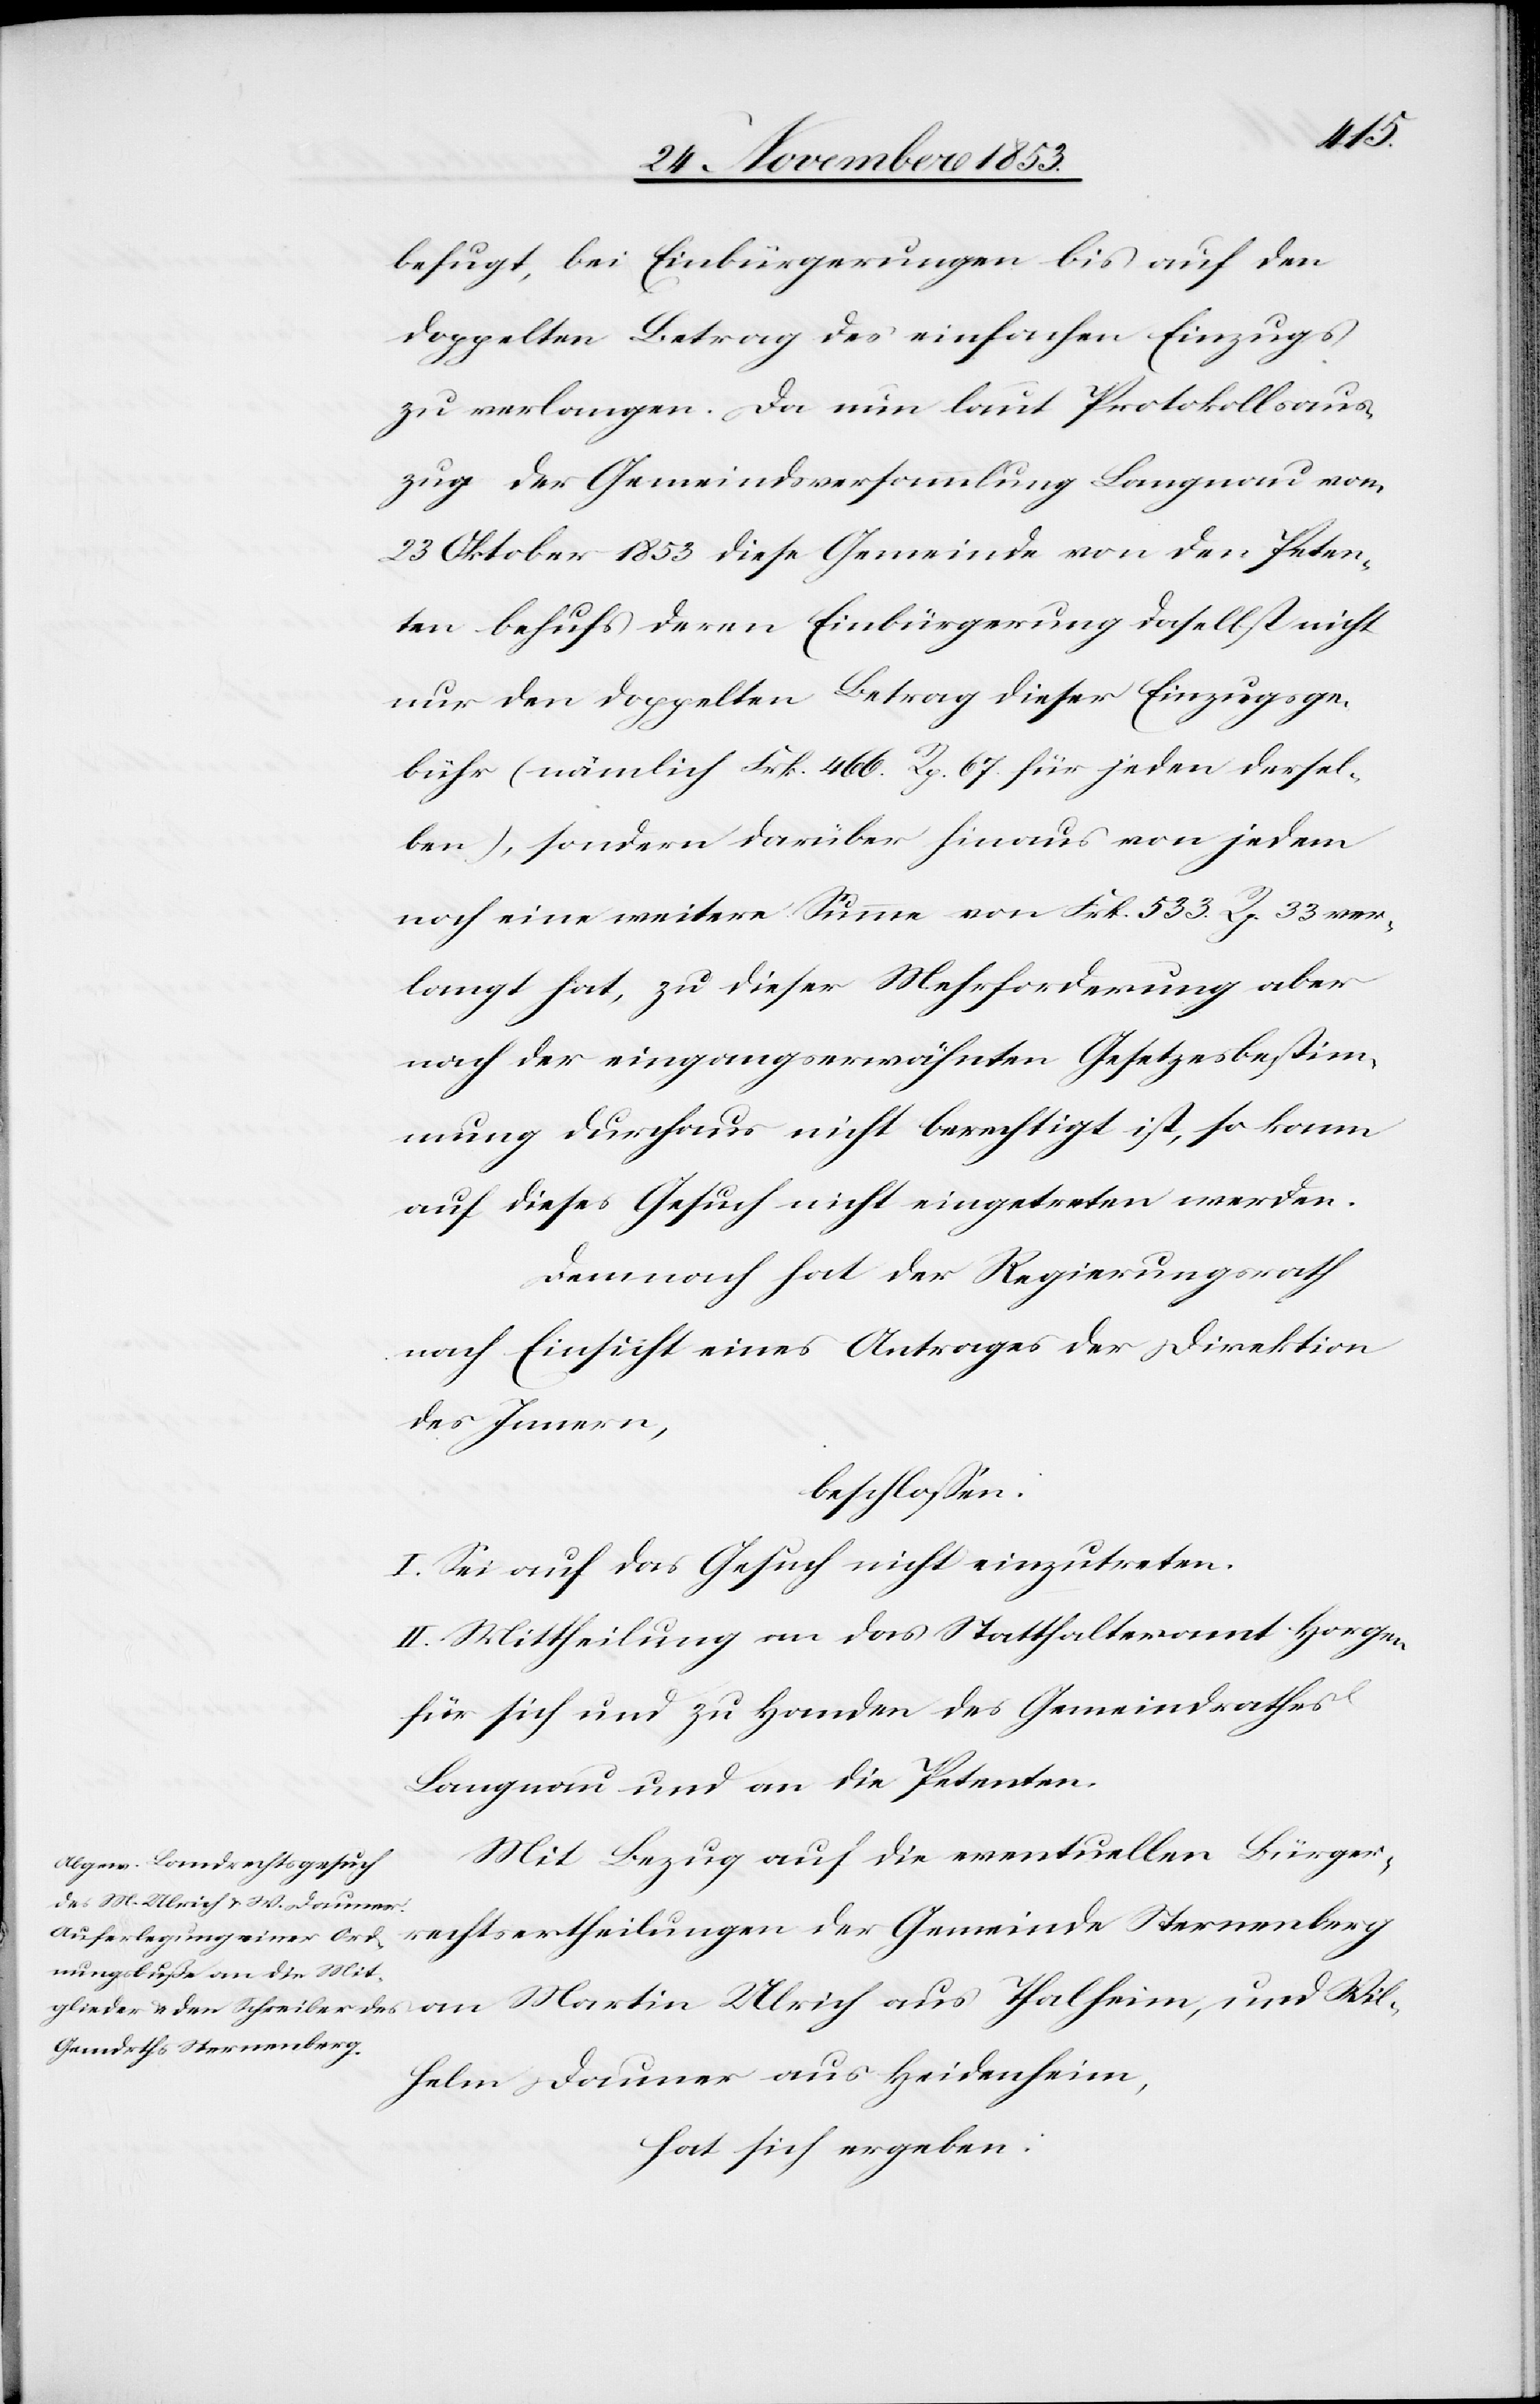
Wil¬
befugt, bei Einbürgerungen bis auf den
doppelten Betrag des einfachen Einzuges
zu verlangen. Da nun laut Protokollsaus¬
zug der Gemeindsversammlung Langnau vom
23 Oktober 1853 diese Gemeinde von den Peten¬
ten behufs deren Einbürgerung daselbst nicht
nur den doppelten Betrag dieser Einzugsge¬
bühr (nämlich Frk. 466 Rp. 67 für jeden dersel¬
ben), sondern darüber hinaus von jedem
noch eine weitere Summe von Frk. 533 Rp. 33 ver¬
langt hat, zu dieser Mehrforderung aber
nach der eingangserwähnten Gesetzesbestim¬
mung durchaus nicht berechtigt ist, so kann
auf dieses Gesuch nicht eingetreten werden.
Demnach hat der Regierungsrath
nach Einsicht eines Antrages der Direktion
des Innern,
beschloßen:
I. Sei auf das Gesuch nicht einzutreten.
II. Mittheilung an das Statthalteramt Horgen
für sich und zu Handen des Gemeindrathes
Langnau und an die Petenten.
Mit Bezug auf die eventuellen Bürger¬
rechtsertheilungen der Gemeinde Sternenberg
helm Dauner aus Heidenheim,
hat sich ergeben: